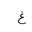
Letter: _gayn